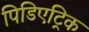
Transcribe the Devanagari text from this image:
पिडिएट्रिक